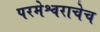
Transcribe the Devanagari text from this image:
परमेश्वराचेच